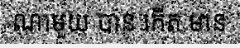
ណាមួយ បាន កើត មាន